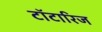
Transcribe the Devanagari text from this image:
टॉटारिज